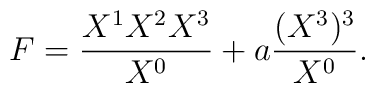
F={{X^1X^2X^3}\over{X^0}}+a{{(X^3)^3}\over{X^0}}.